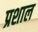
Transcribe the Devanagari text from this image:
प्रशाल